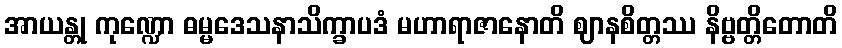
အာယန္တု ကုဏ္ဍော ဓမ္မဒေသနာသိက္ခာပဒံ မဟာရာဇာနောတိ ဈာနစိတ္တဿ နိဗ္ဗတ္တိတောတိ